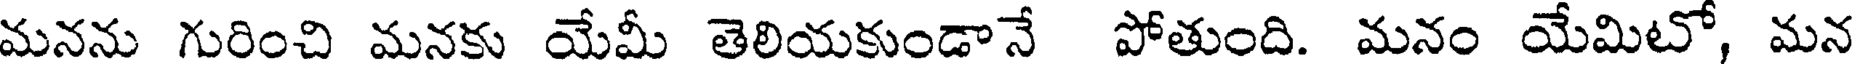
మనను గురించి మనకు యేమీ తెలియకుండానే పోతుంది. మనం యేమిటో, మన